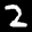
Label: 2